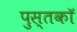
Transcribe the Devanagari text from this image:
पुस्तकॉ